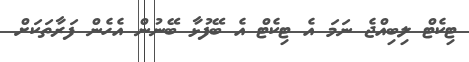
ޓިކެޓް ލިބިއްޖެ ނަމަ އެ ޓިކެޓް އެ ބޭފުޅާ ބޭނުން އެހެން ފަރާތަކަށް